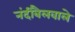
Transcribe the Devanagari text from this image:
नंदीबैलवाले